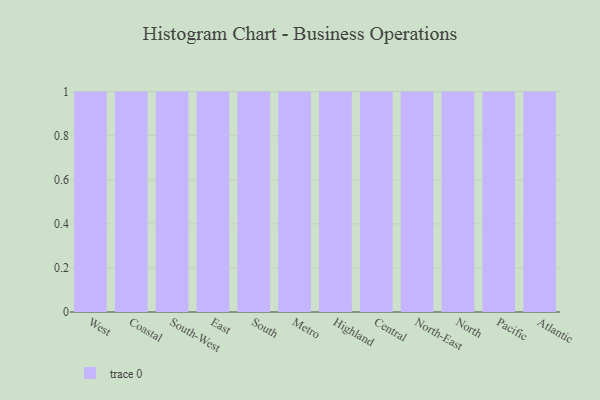
{"axis": {"x": "Region", "y": "Operating Costs (USD K)"}, "legend": [""], "data": [{"x": "West", "y": 28, "type": ""}, {"x": "Coastal", "y": 1, "type": ""}, {"x": "South-West", "y": 98, "type": ""}, {"x": "East", "y": 27, "type": ""}, {"x": "South", "y": 74, "type": ""}, {"x": "Metro", "y": 57, "type": ""}, {"x": "Highland", "y": 36, "type": ""}, {"x": "Central", "y": 27, "type": ""}, {"x": "North-East", "y": 36, "type": ""}, {"x": "North", "y": 21, "type": ""}, {"x": "Pacific", "y": 80, "type": ""}, {"x": "Atlantic", "y": 12, "type": ""}]}